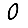
Digit: 0